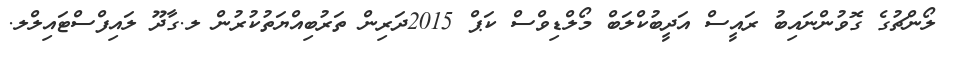
ލޯންޗުގެ ގޮވުންނައިބު ރައީސް އަދީބުކްލަބް މޯލްޑިވްސް ކަޕް 2015ދަރިން ތަރުބިއްޔަތުކުރުން ލ.ގާދޫ ލައިފްސްޓައިލްލ.